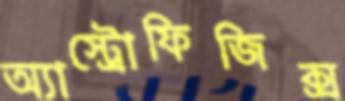
অ্যাস্ট্রোফিজিক্স